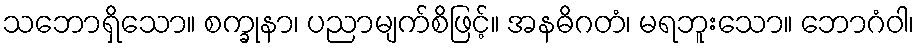
သဘောရှိသော။ စက္ခုနာ၊ ပညာမျက်စိဖြင့်။ အနဓိဂတံ၊ မရဘူးသော။ ဘောဂံဝါ၊